Report of the Municipal Commissioner on the plague in Bombay for the year ending 31st May... - Volume 2
Disease focus: Plague
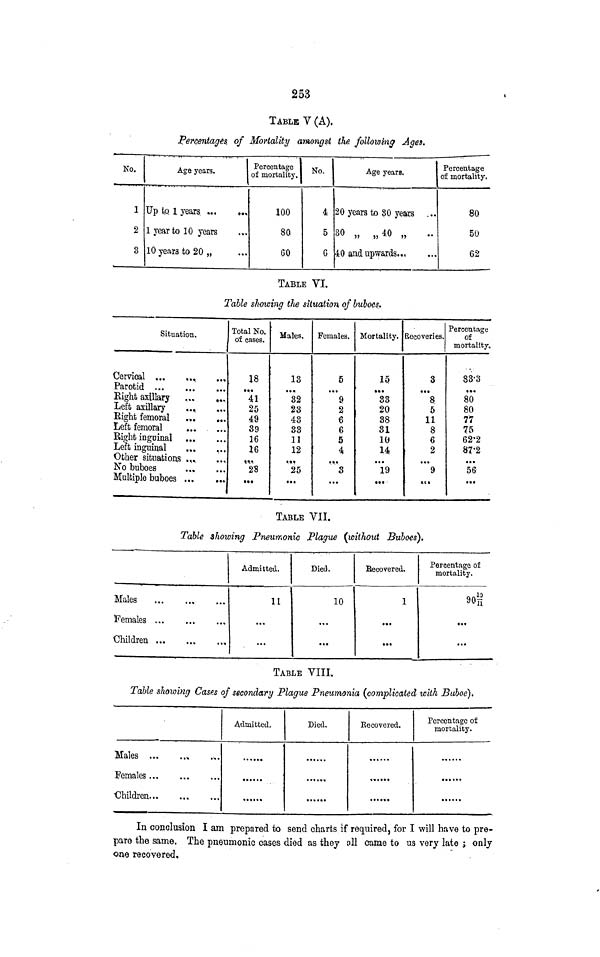
253
TABLE V (A).
Percentages, of Mortality amongst the following Ages.
No.
1
2
3
Age years.
Up to 1 years. *
1 year to 10 years
10 years to 20 „
Percentage
of mortality.
10,0
80
GO
No.
4
5
G
Age years.
20 years to 80 years ...
30 „ ,,40 „
40 and upwards..,
Percentage
of mortality.
80
50
62
TABLE VI.
Table showing the situation of buboes.
Situation.
Cervical ...
Parotid
Eight axillary
Left axillary
...
Eight femoral
Left femoral
Right inguinal
Left inguinal
Other situations .„
No buboes
Multiple buboes ...
Total No.
of cases.
18
41
25
49
39
16
16
«%»
2S
•••
Males.
13
• ••
32
23
43
33
11
12
•»•
25
••»
Females.
5
...
;
9
2
6
6
5
4
"*3
Mortality.
15.
...
33
20
38
31
10
14
...
19
•••
Recoveries,
3
...
8;
5
11
8
6
2
• •*«
9
*ct
Percentage
of
mortality.
83-3
...
80
80
77
75
62'2
87'2
• ••
56
...
TABLE VII.
Table showing Pneumonic Plague {without Buboes),
Males
,
Females ...
Children ...
Admitted.
11
...
...
Died.
10
...
...
Becovered,
1
• *•
...
Percentage of
mortality.
90g
...
...
TABLE VIII.
Table showing Cases of secondary Plague Pneumonia (complicated with Buboe),
Males
,
Females ...
•Children...
Admitted.
Died,
• • • «-» •
••*•••
Eecovered.
«*••»•
Percentage of
mortality.
......
In conclusion I am prepared to send charts if required, for I will have to pre-
pare the same. The pneumonic cases died as they oil came to us very late ; only
one recovered.